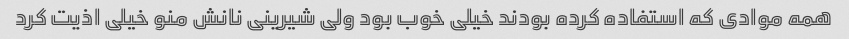
همه موادی که استفاده کرده بودند خیلی خوب بود ولی شیرینی نانش منو خیلی اذیت کرد